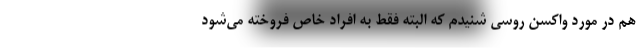
هم در مورد واکسن روسی شنیدم که البته فقط به افراد خاص فروخته می‌شود